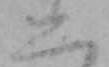
ニ